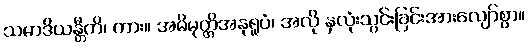
သမာဒိယန္တီတိ၊ ကား။ အဓိမုတ္တိအနုရူပံ၊ အလို နှလုံးသွင်းခြင်းအားလျော်စွာ။